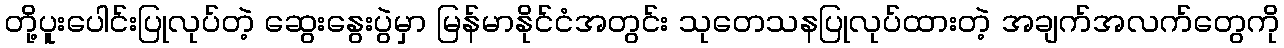
တို့ပူးပေါင်းပြုလုပ်တဲ့ ဆွေးနွေးပွဲမှာ မြန်မာနိုင်ငံအတွင်း သုတေသနပြုလုပ်ထားတဲ့ အချက်အလက်တွေကို